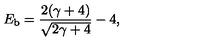
E _ { \mathrm { b } } = { \frac { 2 ( \gamma + 4 ) } { \sqrt { 2 \gamma + 4 } } } - 4 ,